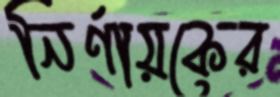
নির্ণায়কের